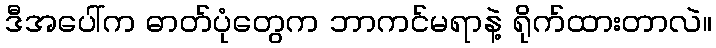
ဒီအပေါ်က ဓာတ်ပုံတွေက ဘာကင်မရာနဲ့ ရိုက်ထားတာလဲ။